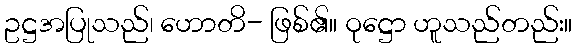
ဥဋ္ဌအပြုသည်၊ ဟောတိ- ဖြစ်၏။ ဝုဋ္ဌော ဟူသည်တည်း။